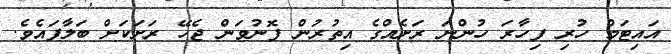
އައިޓަމް ހުރި ފިހާރަ ހުންނަ ރަށެއްގެ އިތުރުން ފޮނުވަން ޖެހޭ ރަށަކަށް ބަލާފައެވެ.